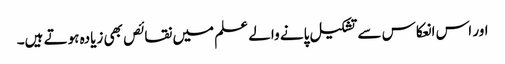
اور اس انعکاس سے تشکیل پانے والے علم میں نقائص بھی زیادہ ہوتے ہیں۔